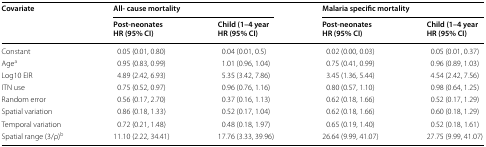
<table><thead><tr><td rowspan="2"><b>Covariate</b></td><td colspan="2"><b>All- cause mortality</b></td><td colspan="2"><b>Malaria specific mortality</b></td></tr><tr><td><b>Post-neonatesHR (95% CI)</b></td><td><b>Child (1–4 yearHR (95% CI)</b></td><td><b>Post-neonatesHR (95% CI)</b></td><td><b>Child (1–4 yearHR (95% CI)</b></td></tr></thead><tbody><tr><td>Constant</td><td>0.05 (0.01, 0.80)</td><td>0.04 (0.01, 0.5)</td><td>0.02 (0.00, 0.03)</td><td>0.05 (0.01, 0.37)</td></tr><tr><td>Age<sup>a</sup></td><td>0.95 (0.83, 0.99)</td><td>1.01 (0.96, 1.04)</td><td>0.75 (0.41, 0.99)</td><td>0.96 (0.89, 1.03)</td></tr><tr><td>Log10 EIR</td><td>4.89 (2.42, 6.93)</td><td>5.35 (3.42, 7.86)</td><td>3.45 (1.36, 5.44)</td><td>4.54 (2.42, 7.56)</td></tr><tr><td>ITN use</td><td>0.75 (0.52, 0.97)</td><td>0.96 (0.76, 1.16)</td><td>0.80 (0.57, 1.10)</td><td>0.98 (0.64, 1.25)</td></tr><tr><td>Random error</td><td>0.56 (0.17, 2.70)</td><td>0.37 (0.16, 1.13)</td><td>0.62 (0.18, 1.66)</td><td>0.52 (0.17, 1.29)</td></tr><tr><td>Spatial variation</td><td>0.86 (0.18, 1.33)</td><td>0.52 (0.17, 1.04)</td><td>0.62 (0.18, 1.66)</td><td>0.60 (0.18, 1.29)</td></tr><tr><td>Temporal variation</td><td>0.72 (0.21, 1.48)</td><td>0.48 (0.18, 1.97)</td><td>0.65 (0.19, 1.40)</td><td>0.52 (0.18, 1.61)</td></tr><tr><td>Spatial range (3/ρ)<sup>b</sup></td><td>11.10 (2.22, 34.41)</td><td>17.76 (3.33, 39.96)</td><td>26.64 (9.99, 41.07)</td><td>27.75 (9.99, 41.07)</td></tr></tbody></table>